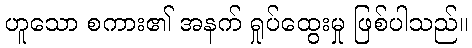
ဟူသော စကား၏ အနက် ရှုပ်ထွေးမှု ဖြစ်ပါသည်။